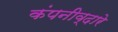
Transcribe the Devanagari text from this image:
कंपनीव्दारे